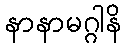
နာနာမဂ္ဂါနိ